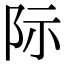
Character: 际